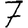
Digit: 7